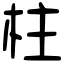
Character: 柱